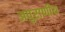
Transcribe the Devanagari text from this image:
अपुराणीय